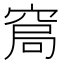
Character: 𱷂